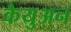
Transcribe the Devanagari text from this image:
कैयुअन